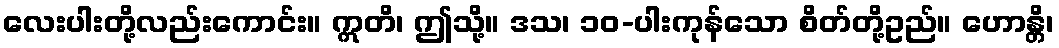
လေးပါးတို့လည်းကောင်း။ ဣတိ၊ ဤသို့။ ဒသ၊ ၁၀-ပါးကုန်သော စိတ်တို့ဥည်။ ဟောန္တိ၊